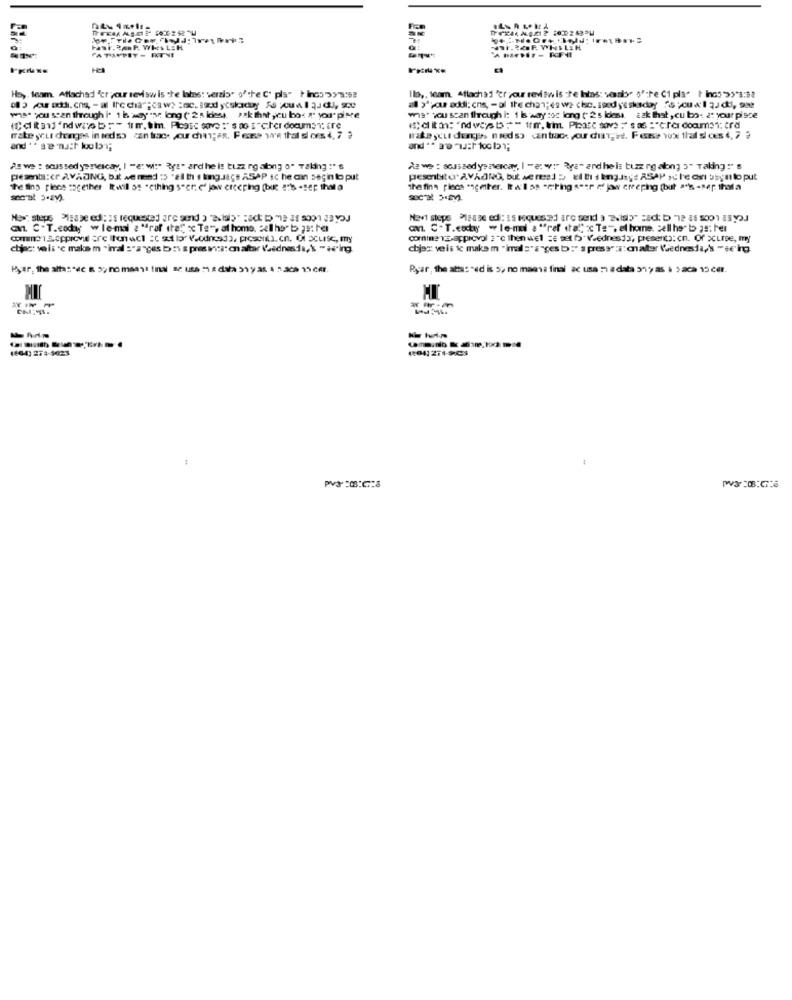
Chra
hast.3.P. WHILEH
7. REP. WHILEH
Hs ,. team. Attached 'er your revisw is the laine: verzis" ofthe C' pls" Pinco 299:52
al 3ª,cur addi: cns, - al the chan;es wa che. Ised yeskaday "spouw'l ąud), 99
was" you seen through I. 1 k waysse long ( 2 ) ides). ask that you bos in yourpive
wis. you scan through i: 1 is way :os long (' 2 5 idosa. ¿ ak that , cu bo: 2: your pisce
rate yu chengas in sedso can trace your changes, Fece we that does 4, 7 }
make your denge, miedso cantrace pour chaire. Fece vox thal si ces 4, 7
Powe : scussed yentescay, I -e: wi:" Rys" ard he is buzz rg along o" Taking :"s
Az we : soussedye ziescay, I -e: w:" Rye" and hels buzzing along 3" Taking:" s
presents:cr AVADING, but we med :5 "21 th 1 kgJace ASAP Ic he an seçin b put
The lihp piece together Rwill os "cthing s"er. e' jow creeping [bir ath -sep that a
the fine placa esgeter. RA'las sering seer ef jow creeping (but ag -ser thala
can. C .T.coday w lemal a "raf ita" Te", al home, tel heb je: he
a. C. T.cocy -le-mi a""ref that" s Te", el home. cellherbo gs:her
comme 1 3.cpprovul are Ion wcl :c solo" .odnosda, presenti. cn. O1 5CLIse, my
comine TE approval ;"c then well == set bo'VsednesJa, presenta: cn. Of acure, my
chiact veis "c make m "imal :"a"ges b :is pres ica: cnaltar Vasdnesda,s "w"ing.
chjag: veis ic make m "imal s"a"ges b :" s press":i: calor Wednesday's -se'ing.
Ryar, the attas "ed is 5, no maasa final ac usa : adata 31, as i 3 aca 15 cer
-- -
(404) 273-5023
Pv320:0:3
WY:0:0%6